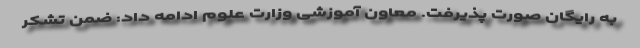
به رایگان صورت پذیرفت. معاون آموزشی وزارت علوم ادامه داد: ضمن تشکر